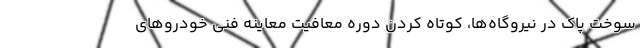
سوخت پاک در نیروگاه‌ها، کوتاه کردن دوره معافیت معاینه فنی خودروهای